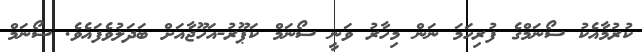
ކުރުމާއެކު ސޯނަމްގެ ފުރިހަމަ ނަން މިހާރު ވަނީ ސޯނަމް ކަޕޫރު-އަހޫޖާއަށް ބަދަލުވެފައެވެ. ސޯނަމް